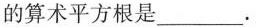
的算术平方根是___.